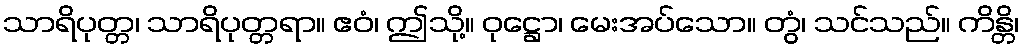
သာရိပုတ္တ၊ သာရိပုတ္တရာ။ ဧဝံ၊ ဤသို့။ ဝုဋ္ဌော၊ မေးအပ်သော။ တွံ၊ သင်သည်။ ကိန္တိ၊